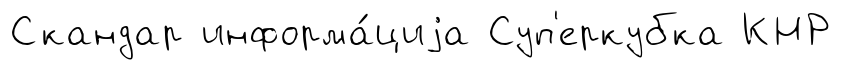
Скандар информа́циjа Суп'еркубка КНР